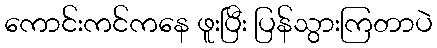
ကောင်းကင်ကနေ ဖူးပြီး ပြန်သွားကြတာပဲ